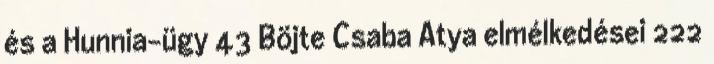
és a Hunnia-ügy 43 Böjte Csaba Atya elmélkedései 222